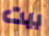
بيت